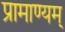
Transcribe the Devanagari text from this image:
प्रामाण्यम्